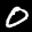
Label: 0